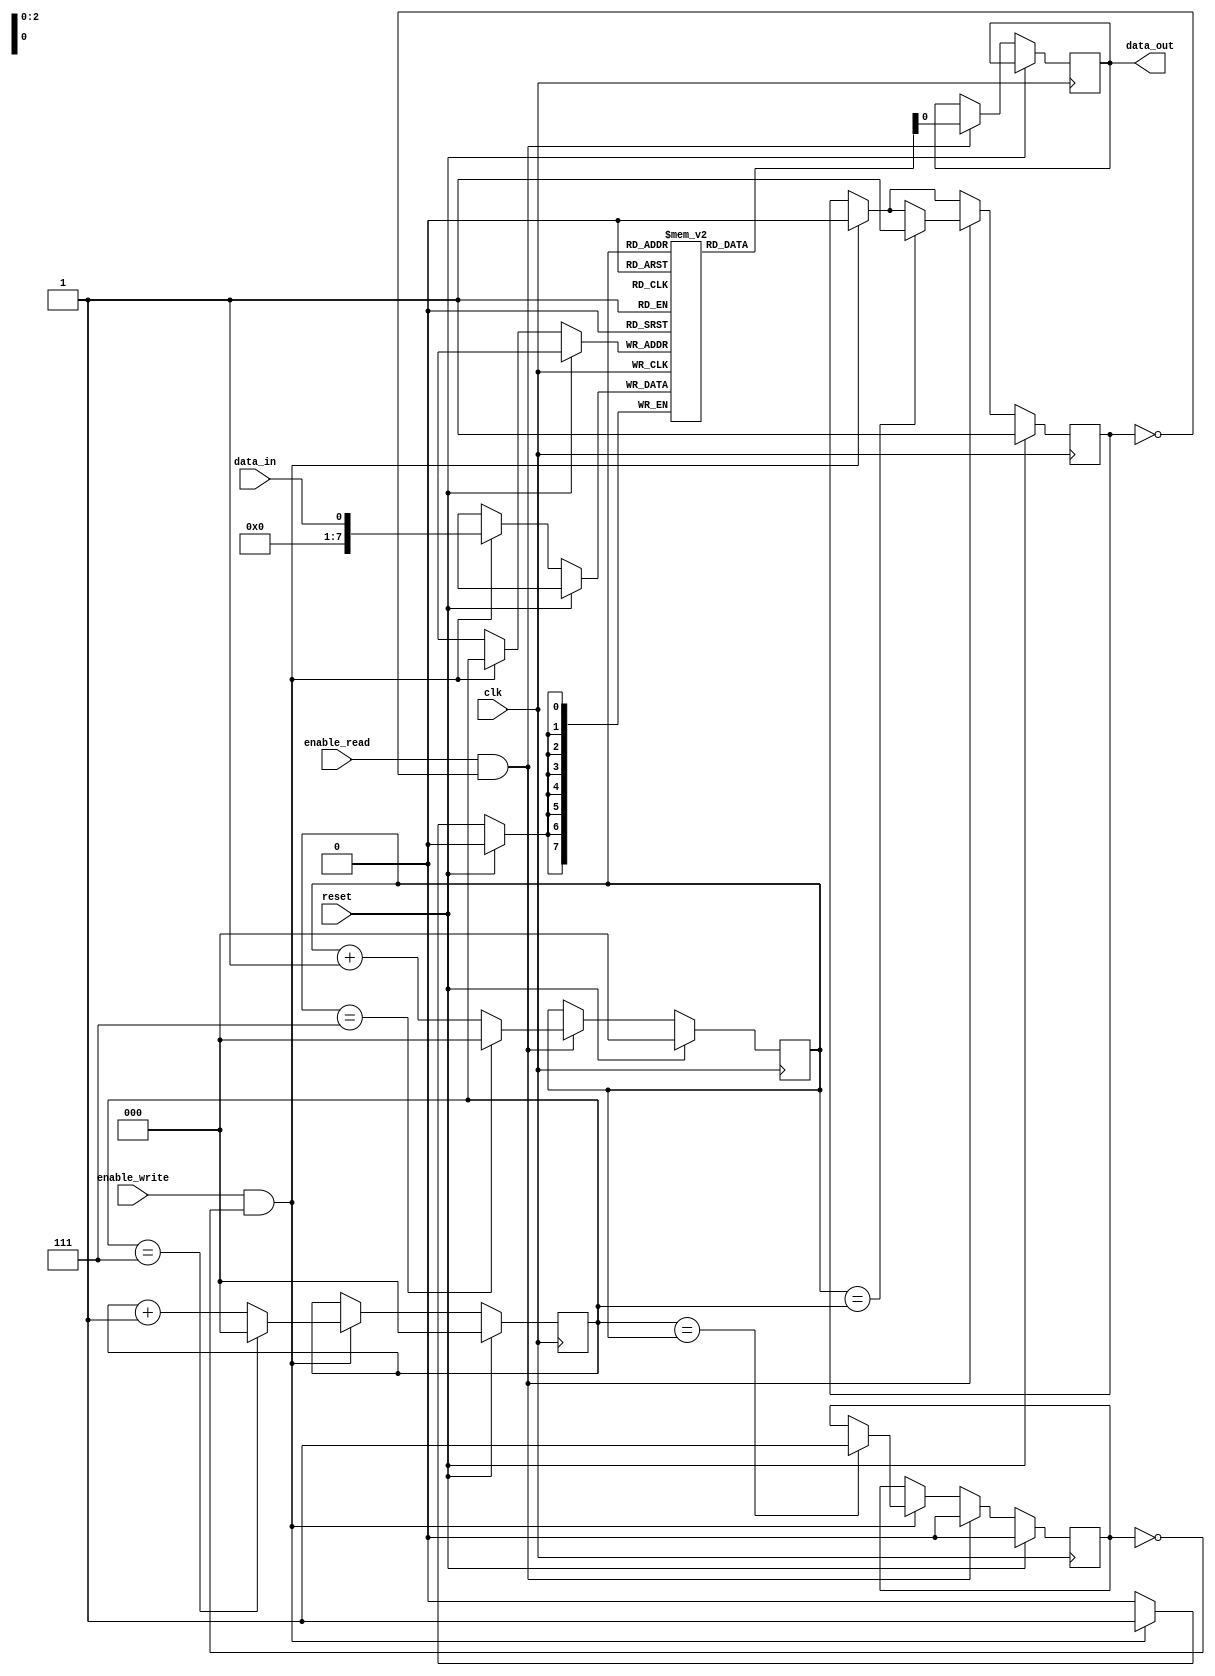
module Bidirectional_FIFO (
    input wire clk,
    input wire reset,
    input wire enable_write,
    input wire enable_read,
    input wire data_in,
    output reg data_out
);

reg [7:0] fifo [0:7];
reg [2:0] read_ptr;
reg [2:0] write_ptr;
reg full;
reg empty;

always @ (posedge clk) begin
    if (reset) begin
        read_ptr <= 0;
        write_ptr <= 0;
        full <= 0;
        empty <= 1;
    end else begin
        if (enable_write && !full) begin
            fifo[write_ptr] <= data_in;
            write_ptr <= write_ptr + 1;
            if (write_ptr == 7)
                write_ptr <= 0;
            if (write_ptr == read_ptr)
                full <= 1;
            empty <= 0;
        end 
        
        if (enable_read && !empty) begin
            data_out <= fifo[read_ptr];
            read_ptr <= read_ptr + 1;
            if (read_ptr == 7)
                read_ptr <= 0;
            if (read_ptr == write_ptr)
                empty <= 1;
            full <= 0;
        end
    end
end

endmodule